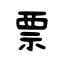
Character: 票